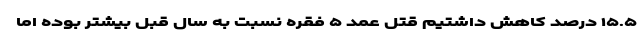
۱۵.۵ درصد کاهش داشتیم قتل عمد ۵ فقره نسبت به سال قبل بیشتر بوده اما